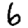
Digit: 6